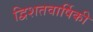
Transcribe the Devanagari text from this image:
द्विशतवार्षिकी